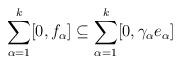
LaTeX: \begin{align*} \sum_{\alpha=1}^k [0, f_{\alpha}] \subseteq \sum_{\alpha=1}^k [0, \gamma_\alpha e_\alpha] \end{align*}